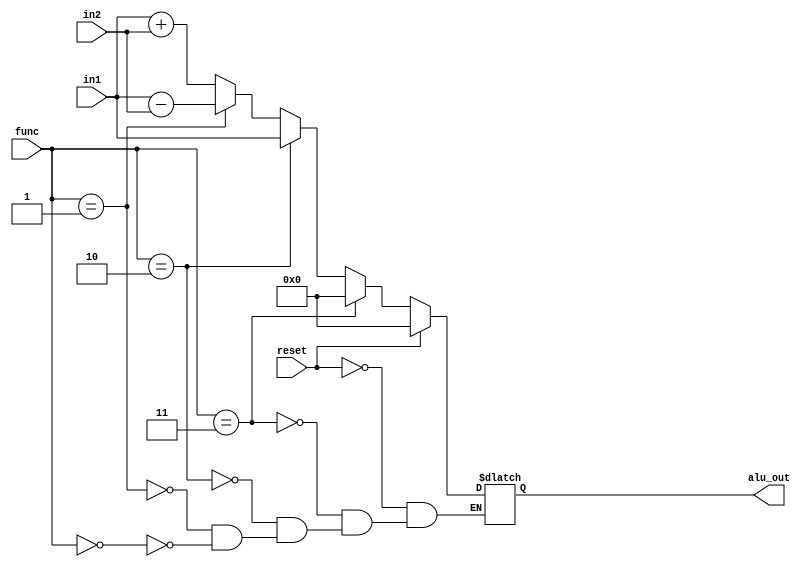
module ALU(
func,
in1,
in2,
reset,
alu_out
);
input [1:0] func;
input [7:0] in1;
input [7:0] in2;
input reset;
output reg [7:0] alu_out;

always @(func)
	begin
	if ( reset )
		alu_out <= 0 ;
	else begin
      if(func == 2'b00) begin
	  alu_out <= in1 + in2;
	  end
      if(func == 2'b01) begin 
	  alu_out <= in1 - in2;
	  end
      if(func == 2'b10) begin
	  alu_out <= in1;
	  end
	  if(func ==2'b11) begin
	  alu_out <= 0;
	  end
	end
  end
endmodule